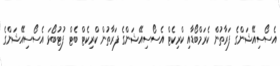
އެސޯސިއޭޝަންގެ ފަރާތުން ކެރަމްބޯޑާއި ކްރިކެޓް އެސޯސިއޭޝަންގެ ފަރާތުން ކްރިކެޓް ބެޓް ފުޓުބޯޅަ އެސޯސިއޭޝަންގެ